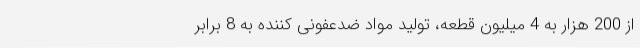
از 200 هزار به 4 میلیون قطعه، تولید مواد ضدعفونی کننده به 8 برابر